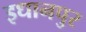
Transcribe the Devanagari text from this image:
इधानपुर